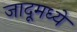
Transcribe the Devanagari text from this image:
जादूमध्ये